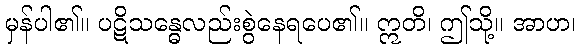
မှန်ပါ၏။ ပဋိသန္ဓေလည်းစွဲနေရပေ၏။ ဣတိ၊ ဤသို့။ အာဟ၊